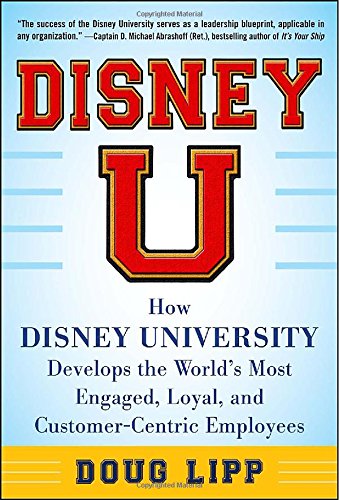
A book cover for Disney U: How Disney University Develops the World's Most Engaged, Loyal, and Customer-Centric Employees; Doug Lipp; Business & Money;